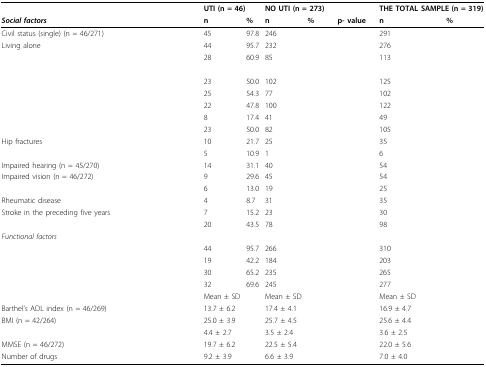
<table><thead><tr><td>[EMPTY_CELL]</td><td colspan="2"><b>UTI (n = 46)</b></td><td colspan="3"><b>NO UTI (n = 273)</b></td><td colspan="2"><b>THE TOTAL SAMPLE (n = 319)</b></td></tr><tr><td><b><i>Social factors</i></b></td><td><b>n</b></td><td><b>%</b></td><td><b>n</b></td><td><b>%</b></td><td><b>p- value</b></td><td><b>n</b></td><td><b>%</b></td></tr></thead><tbody><tr><td>Civil status (single) (n = 46/271)</td><td>45</td><td>97.8</td><td>246</td><td>[EMPTY_CELL]</td><td>[EMPTY_CELL]</td><td>291</td><td>[EMPTY_CELL]</td></tr><tr><td>Living alone</td><td>44</td><td>95.7</td><td>232</td><td>[EMPTY_CELL]</td><td>[EMPTY_CELL]</td><td>276</td><td>[EMPTY_CELL]</td></tr><tr><td>[EMPTY_CELL]</td><td>28</td><td>60.9</td><td>85</td><td>[EMPTY_CELL]</td><td>[EMPTY_CELL]</td><td>113</td><td>[EMPTY_CELL]</td></tr><tr><td>[EMPTY_CELL]</td><td>[EMPTY_CELL]</td><td>[EMPTY_CELL]</td><td>[EMPTY_CELL]</td><td>[EMPTY_CELL]</td><td>[EMPTY_CELL]</td><td>[EMPTY_CELL]</td><td>[EMPTY_CELL]</td></tr><tr><td>[EMPTY_CELL]</td><td>23</td><td>50.0</td><td>102</td><td>[EMPTY_CELL]</td><td>[EMPTY_CELL]</td><td>125</td><td>[EMPTY_CELL]</td></tr><tr><td>[EMPTY_CELL]</td><td>25</td><td>54.3</td><td>77</td><td>[EMPTY_CELL]</td><td>[EMPTY_CELL]</td><td>102</td><td>[EMPTY_CELL]</td></tr><tr><td>[EMPTY_CELL]</td><td>22</td><td>47.8</td><td>100</td><td>[EMPTY_CELL]</td><td>[EMPTY_CELL]</td><td>122</td><td>[EMPTY_CELL]</td></tr><tr><td>[EMPTY_CELL]</td><td>8</td><td>17.4</td><td>41</td><td>[EMPTY_CELL]</td><td>[EMPTY_CELL]</td><td>49</td><td>[EMPTY_CELL]</td></tr><tr><td>[EMPTY_CELL]</td><td>23</td><td>50.0</td><td>82</td><td>[EMPTY_CELL]</td><td>[EMPTY_CELL]</td><td>105</td><td>[EMPTY_CELL]</td></tr><tr><td>Hip fractures</td><td>10</td><td>21.7</td><td>25</td><td>[EMPTY_CELL]</td><td>[EMPTY_CELL]</td><td>35</td><td>[EMPTY_CELL]</td></tr><tr><td>[EMPTY_CELL]</td><td>5</td><td>10.9</td><td>1</td><td>[EMPTY_CELL]</td><td>[EMPTY_CELL]</td><td>6</td><td>[EMPTY_CELL]</td></tr><tr><td>Impaired hearing (n = 45/270)</td><td>14</td><td>31.1</td><td>40</td><td>[EMPTY_CELL]</td><td>[EMPTY_CELL]</td><td>54</td><td>[EMPTY_CELL]</td></tr><tr><td>Impaired vision (n = 46/272)</td><td>9</td><td>29.6</td><td>45</td><td>[EMPTY_CELL]</td><td>[EMPTY_CELL]</td><td>54</td><td>[EMPTY_CELL]</td></tr><tr><td>[EMPTY_CELL]</td><td>6</td><td>13.0</td><td>19</td><td>[EMPTY_CELL]</td><td>[EMPTY_CELL]</td><td>25</td><td>[EMPTY_CELL]</td></tr><tr><td>Rheumatic disease</td><td>4</td><td>8.7</td><td>31</td><td>[EMPTY_CELL]</td><td>[EMPTY_CELL]</td><td>35</td><td>[EMPTY_CELL]</td></tr><tr><td>Stroke in the preceding five years</td><td>7</td><td>15.2</td><td>23</td><td>[EMPTY_CELL]</td><td>[EMPTY_CELL]</td><td>30</td><td>[EMPTY_CELL]</td></tr><tr><td>[EMPTY_CELL]</td><td>20</td><td>43.5</td><td>78</td><td>[EMPTY_CELL]</td><td>[EMPTY_CELL]</td><td>98</td><td>[EMPTY_CELL]</td></tr><tr><td><i>Functional factors </i></td><td>[EMPTY_CELL]</td><td>[EMPTY_CELL]</td><td>[EMPTY_CELL]</td><td>[EMPTY_CELL]</td><td>[EMPTY_CELL]</td><td>[EMPTY_CELL]</td><td>[EMPTY_CELL]</td></tr><tr><td>[EMPTY_CELL]</td><td>44</td><td>95.7</td><td>266</td><td>[EMPTY_CELL]</td><td>[EMPTY_CELL]</td><td>310</td><td>[EMPTY_CELL]</td></tr><tr><td>[EMPTY_CELL]</td><td>19</td><td>42.2</td><td>184</td><td>[EMPTY_CELL]</td><td>[EMPTY_CELL]</td><td>203</td><td>[EMPTY_CELL]</td></tr><tr><td>[EMPTY_CELL]</td><td>30</td><td>65.2</td><td>235</td><td>[EMPTY_CELL]</td><td>[EMPTY_CELL]</td><td>265</td><td>[EMPTY_CELL]</td></tr><tr><td>[EMPTY_CELL]</td><td>32</td><td>69.6</td><td>245</td><td>[EMPTY_CELL]</td><td>[EMPTY_CELL]</td><td>277</td><td>[EMPTY_CELL]</td></tr><tr><td>[EMPTY_CELL]</td><td>Mean ± SD</td><td>[EMPTY_CELL]</td><td>Mean ± SD</td><td>[EMPTY_CELL]</td><td>[EMPTY_CELL]</td><td>Mean ± SD</td><td>[EMPTY_CELL]</td></tr><tr><td>Barthel's ADL index (n = 46/269)</td><td>13.7 ± 6.2</td><td>[EMPTY_CELL]</td><td>17.4 ± 4.1</td><td>[EMPTY_CELL]</td><td>[EMPTY_CELL]</td><td>16.9 ± 4.7</td><td>[EMPTY_CELL]</td></tr><tr><td>BMI (n = 42/264)</td><td>25.0 ± 3.9</td><td>[EMPTY_CELL]</td><td>25.7 ± 4.5</td><td>[EMPTY_CELL]</td><td>[EMPTY_CELL]</td><td>25.6 ± 4.4</td><td>[EMPTY_CELL]</td></tr><tr><td>[EMPTY_CELL]</td><td>4.4 ± 2.7</td><td>[EMPTY_CELL]</td><td>3.5 ± 2.4</td><td>[EMPTY_CELL]</td><td>[EMPTY_CELL]</td><td>3.6 ± 2.5</td><td>[EMPTY_CELL]</td></tr><tr><td>MMSE (n = 46/272)</td><td>19.7 ± 6.2</td><td>[EMPTY_CELL]</td><td>22.5 ± 5.4</td><td>[EMPTY_CELL]</td><td>[EMPTY_CELL]</td><td>22.0 ± 5.6</td><td>[EMPTY_CELL]</td></tr><tr><td>Number of drugs</td><td>9.2 ± 3.9</td><td>[EMPTY_CELL]</td><td>6.6 ± 3.9</td><td>[EMPTY_CELL]</td><td>[EMPTY_CELL]</td><td>7.0 ± 4.0</td><td>[EMPTY_CELL]</td></tr></tbody></table>